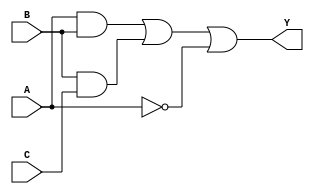
module combinational_logic (
    input wire A,  // Input variable A
    input wire B,  // Input variable B
    input wire C,  // Input variable C
    output wire Y  // Output variable Y
);

// Intermediate nodes
wire not_A;      // NOT gate output
wire and_AB;     // AND gate output
wire and_BC;     // AND gate output
wire or_intermediate; // OR gate output

// Logic Functions
// Step 1: NOT operation
not u1 (not_A, A);

// Step 2: AND operations
and u2 (and_AB, A, B);  // A AND B
and u3 (and_BC, B, C);  // B AND C

// Step 3: OR operation
or u4 (or_intermediate, and_AB, and_BC); // (A AND B) OR (B AND C)

// Final Output
assign Y = or_intermediate | not_A; // Final Output Y = (A AND B) OR (B AND C) OR NOT A

endmodule